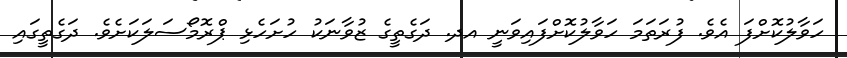
ހަވާލުކޮށްފަ އެވެ. ފުރަތަމަ ހަވާލުކޮށްފައިވަނީ އދ. ދަގެތީގެ ޒުވާނަކު ހުށަހެޅި ޕްރޮމޯސަލަކަށެވެ. ދަގެތީގައި